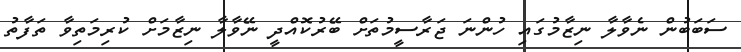
ސަބަބުން ނެވާލާ ނިޒާމުގައި ހުންނަ ޖަރާސީމުތަށް ބޭރުކޮއްދީ ނޭވާލާ ނިޒާމަށް ކުރިމަތިވާ ތަފާތު